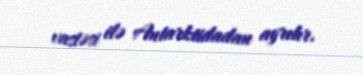
vastəsi ilə Antarktidadan ayrılır.